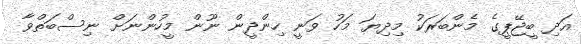
އަދި ބީޖޭޕީގެ މެންބަރަކު މިދިޔަ މަހު ވަނީ ހިންދީން ނޫން މީހުންނަށް ނިސްބަތްވާ